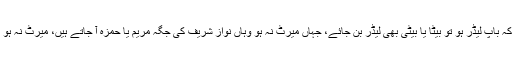
چیئرمین تحریک انصاف نے کہا کہ ایسا نہیں ہوتا کہ باپ لیڈر ہو تو بیٹا یا بیٹی بھی لیڈر بن جائے، جہاں میرٹ نہ ہو وہاں نواز شریف کی جگہ مریم یا حمزہ آ جاتے ہیں، میرٹ نہ ہو تو بلاول بھٹو بھی پارٹی کے سربراہ بن جاتے ہیں۔